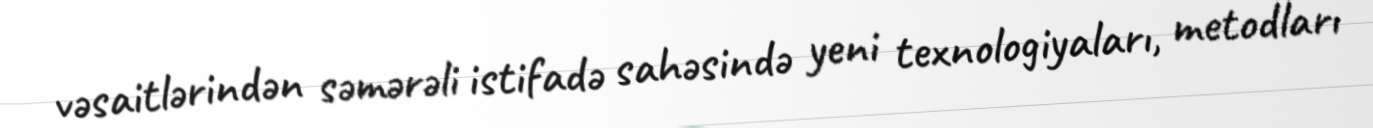
vəsaitlərindən səmərəli istifadə sahəsində yeni texnologiyaları, metodları